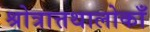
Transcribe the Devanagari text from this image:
श्रोत्रात्तथालोकाँ